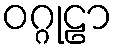
ဝဂ္ဂုဠာ